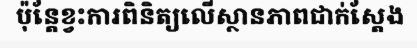
ប៉ុន្តែខ្វះការពិនិត្យលើស្ថានភាពជាក់ស្តែង